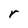
Character: r